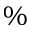
\%